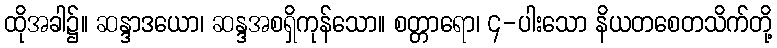
ထိုအခါ၌။ ဆန္ဒာဒယော၊ ဆန္ဒအစရှိကုန်သော။ စတ္တာရော၊ ၄-ပါးသော နိယတစေတသိက်တို့